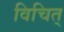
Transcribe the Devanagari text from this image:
विचित्